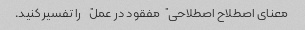
معنای اصطلاح اصطلاحی "مفقود در عمل" را تفسیر کنید.